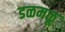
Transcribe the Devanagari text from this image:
डळमळू